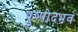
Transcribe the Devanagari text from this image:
पुष्पोदभव